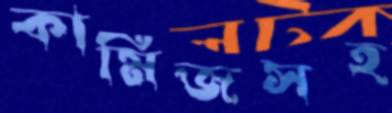
কামিজসহ